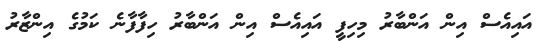
އައިއެސް އިން އަންބާރު މިހިފީ އައިއެސް އިން އަންބާރު ހިފާފާނެ ކަމުގެ އިންޒާރު